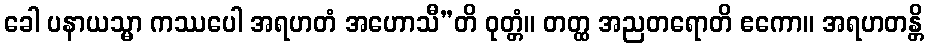
ခေါ ပနာယသ္မာ ကဿပေါ အရဟတံ အဟောသီ”တိ ဝုတ္တံ။ တတ္ထ အညတရောတိ ဧကော။ အရဟတန္တိ